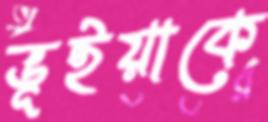
ভূইয়াকে